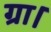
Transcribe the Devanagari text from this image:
ग्रा।